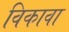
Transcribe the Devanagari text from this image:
विकावा